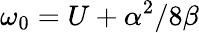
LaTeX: \omega_{0}=U+\alpha^{2}/8\beta